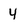
Character: 4